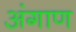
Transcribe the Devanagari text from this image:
अंगाण